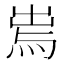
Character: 𤉐